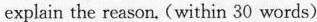
explain the reason. (within 30 words)